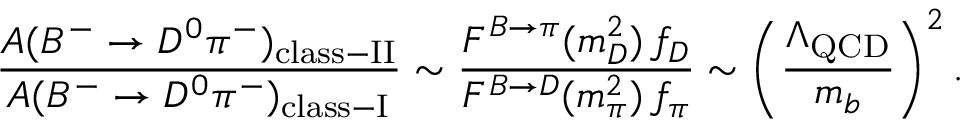
\frac { { \cal A } ( B ^ { - } \to D ^ { 0 } \pi ^ { - } ) _ { \mathrm { c l a s s \mathrm { - } I I } } } { { \cal A } ( B ^ { - } \to D ^ { 0 } \pi ^ { - } ) _ { \mathrm { c l a s s \mathrm { - } I } } } \sim \frac { F ^ { B \to \pi } ( m _ { D } ^ { 2 } ) \, f _ { D } } { F ^ { B \to D } ( m _ { \pi } ^ { 2 } ) \, f _ { \pi } } \sim \left( \frac { \Lambda _ { \mathrm { Q C D } } } { m _ { b } } \right) ^ { 2 } .